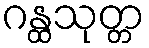
ဂန္ထသုတ္တ